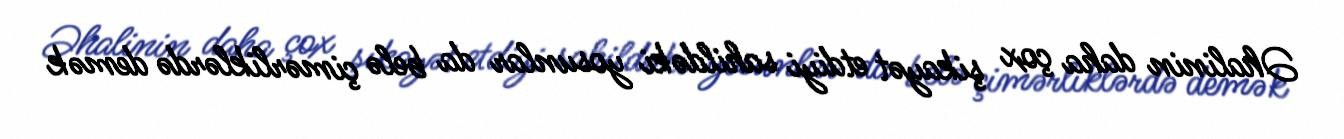
Əhalinin daha çox şikayət etdiyi sahildəki yosunlar da belə çimərliklərdə demək